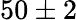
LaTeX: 50\pm 2